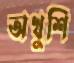
অখুশি